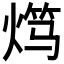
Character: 𬊯